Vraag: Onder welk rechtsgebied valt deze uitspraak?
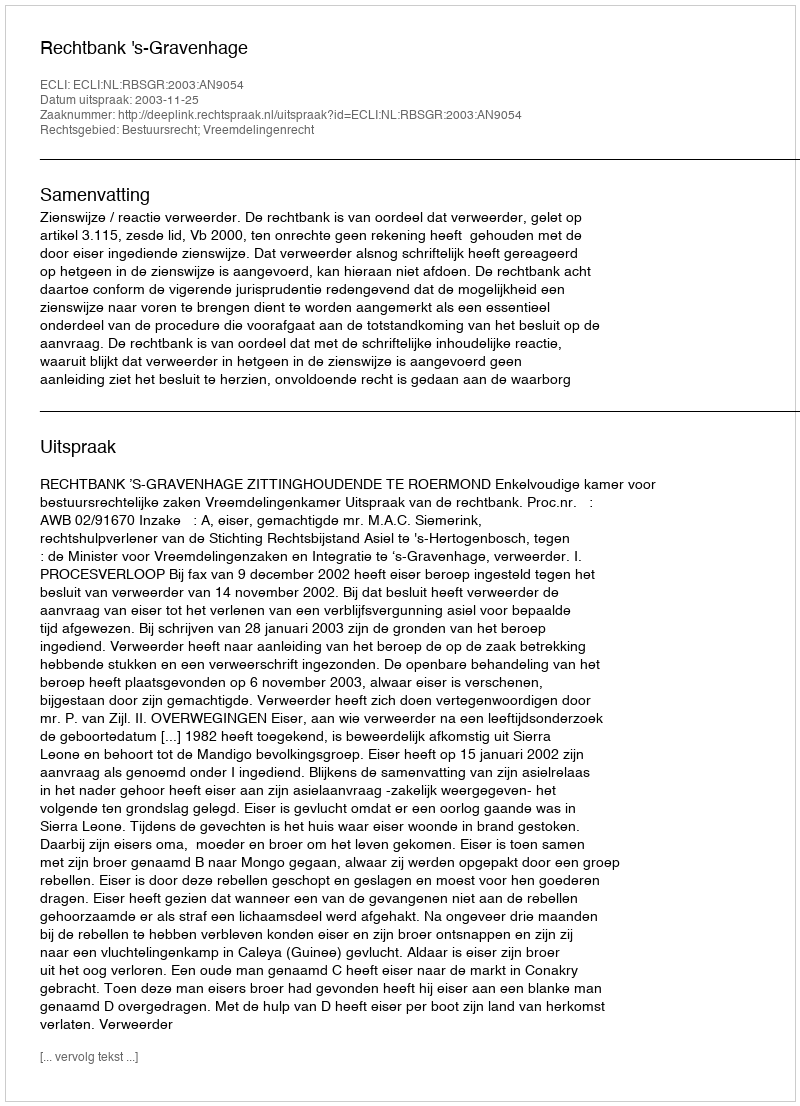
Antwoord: Bestuursrecht; Vreemdelingenrecht